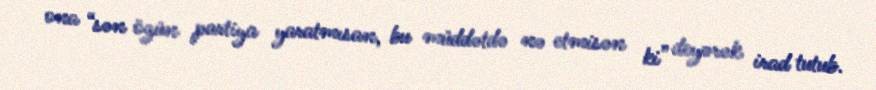
ona “sən özün partiya yaratmısan, bu müddətdə nə etmisən ki” deyərək irad tutub.